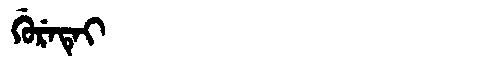
Manchu: ᡤᡠᡵᡝᡨᡝᡳ
Romanization: GURETEI